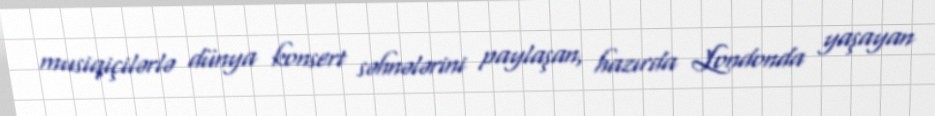
musiqiçilərlə dünya konsert səhnələrini paylaşan, hazırda Londonda yaşayan